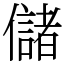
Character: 儲